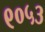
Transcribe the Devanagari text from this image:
९०५३